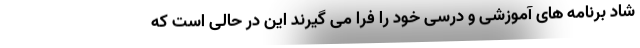
شاد برنامه های آموزشی و درسی خود را فرا می گیرند این در حالی است که